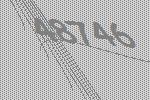
48746